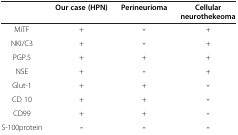
<table><thead><tr><td><b> </b></td><td><b>Our case (HPN)</b></td><td><b>Perineurioma</b></td><td><b>Cellular neurothekeoma</b></td></tr></thead><tbody><tr><td>MiTF</td><td>+</td><td><b>-</b></td><td>+</td></tr><tr><td>NKI/C3</td><td>+</td><td><b>-</b></td><td>+</td></tr><tr><td>PGP.5</td><td>+</td><td>+</td><td>+</td></tr><tr><td>NSE</td><td>+</td><td><b>-</b></td><td>+</td></tr><tr><td>Glut-1</td><td>+</td><td>+</td><td><b>-</b></td></tr><tr><td>CD 10</td><td>+</td><td>+</td><td><b>-</b></td></tr><tr><td>CD99</td><td>+</td><td>+</td><td><b>-</b></td></tr><tr><td>S-100protein</td><td><b>-</b></td><td><b>-</b></td><td><b>-</b></td></tr></tbody></table>